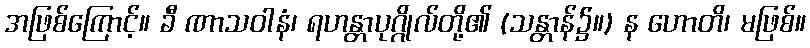
အဖြစ်ကြောင့်။ ခီ ဏာသဝါနံ၊ ရဟန္တာပုဂ္ဂိုလ်တို့၏ (သန္တာန်၌။) န ဟောတိ၊ မဖြစ်။